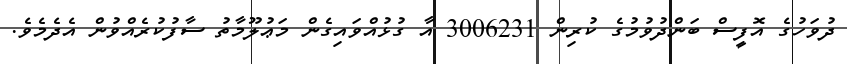
ދުވަހުގެ އޮފީސް ބަންދުވުމުގެ ކުރިން 3006231 އާ ގުޅުއްވައިގެން މަޢުލޫމާތު ސާފުކުރެއްވުން އެދެމެވެ.